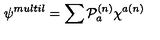
\psi ^ { m u l t i l } = \sum { \cal { P } } _ { a } ^ { ( n ) } \chi ^ { a ( n ) }